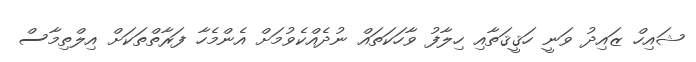
ޝައިހް ޒައިދު ވަނީ ހަޤީޤަތާއި ހިލާފު ވާހަކަތައް ނުދެއްކެވުމަށް އެންމެހާ ފަރާތްތަކަށް އިލްތިމާސް